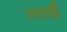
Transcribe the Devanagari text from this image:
आईँ